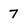
Character: 7